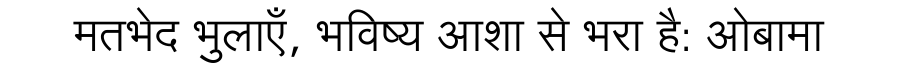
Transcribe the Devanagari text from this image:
मतभेद भुलाएँ, भविष्य आशा से भरा है: ओबामा